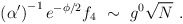
\begin{align*}\left( \alpha' \right)^{- 1} e^{- \phi/2} f_4 \ \sim \ g^0 \sqrt{N} \ .\end{align*}